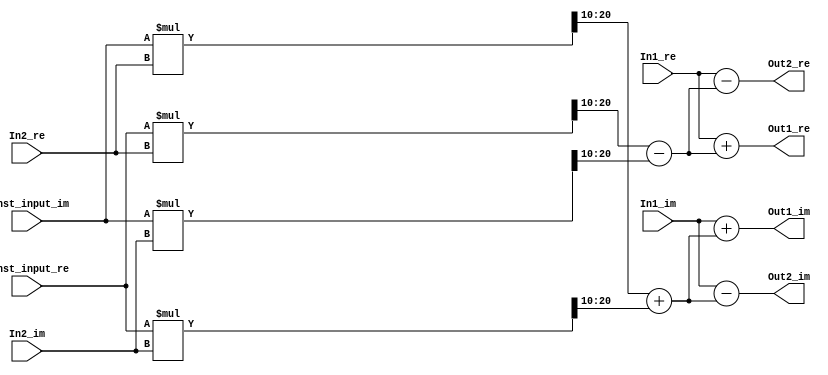
// -------------------------------------------------------------
// 
// 
// Generated by MATLAB 9.4 and HDL Coder 3.12
// 
// -------------------------------------------------------------


// -------------------------------------------------------------
// 
// Module: FourthStageB_57
// Source Path: FFTscheme2/FFTv2/Butterflies/128 input 4 step  /FourthStageB 57
// Hierarchy Level: 3
// 
// -------------------------------------------------------------

`timescale 1 ns / 1 ns

module FourthStageB_57
          (In1_re,
           In1_im,
           In2_re,
           In2_im,
           Const_input_re,
           Const_input_im,
           Out1_re,
           Out1_im,
           Out2_re,
           Out2_im);


  input   signed [10:0] In1_re;  // sfix11_En3
  input   signed [10:0] In1_im;  // sfix11_En3
  input   signed [10:0] In2_re;  // sfix11_En3
  input   signed [10:0] In2_im;  // sfix11_En3
  input   signed [11:0] Const_input_re;  // sfix12_En10
  input   signed [11:0] Const_input_im;  // sfix12_En10
  output  signed [10:0] Out1_re;  // sfix11_En3
  output  signed [10:0] Out1_im;  // sfix11_En3
  output  signed [10:0] Out2_re;  // sfix11_En3
  output  signed [10:0] Out2_im;  // sfix11_En3


  wire signed [22:0] Product_mul_temp;  // sfix23_En13
  wire signed [10:0] Product_sub_cast;  // sfix11_En3
  wire signed [22:0] Product_mul_temp_1;  // sfix23_En13
  wire signed [10:0] Product_sub_cast_1;  // sfix11_En3
  wire signed [22:0] Product_mul_temp_2;  // sfix23_En13
  wire signed [10:0] Product_add_cast;  // sfix11_En3
  wire signed [22:0] Product_mul_temp_3;  // sfix23_En13
  wire signed [10:0] Product_add_cast_1;  // sfix11_En3
  wire signed [10:0] Product_out1_re;  // sfix11_En3
  wire signed [10:0] Product_out1_im;  // sfix11_En3
  wire signed [10:0] Sum_out1_re;  // sfix11_En3
  wire signed [10:0] Sum_out1_im;  // sfix11_En3
  wire signed [10:0] Sum1_out1_re;  // sfix11_En3
  wire signed [10:0] Sum1_out1_im;  // sfix11_En3


  assign Product_mul_temp = Const_input_re * In2_re;
  assign Product_sub_cast = Product_mul_temp[20:10];
  assign Product_mul_temp_1 = Const_input_im * In2_im;
  assign Product_sub_cast_1 = Product_mul_temp_1[20:10];
  assign Product_out1_re = Product_sub_cast - Product_sub_cast_1;
  assign Product_mul_temp_2 = Const_input_im * In2_re;
  assign Product_add_cast = Product_mul_temp_2[20:10];
  assign Product_mul_temp_3 = Const_input_re * In2_im;
  assign Product_add_cast_1 = Product_mul_temp_3[20:10];
  assign Product_out1_im = Product_add_cast + Product_add_cast_1;



  assign Sum_out1_re = In1_re + Product_out1_re;
  assign Sum_out1_im = In1_im + Product_out1_im;



  assign Out1_re = Sum_out1_re;

  assign Out1_im = Sum_out1_im;

  assign Sum1_out1_re = In1_re - Product_out1_re;
  assign Sum1_out1_im = In1_im - Product_out1_im;



  assign Out2_re = Sum1_out1_re;

  assign Out2_im = Sum1_out1_im;

endmodule  // FourthStageB_57